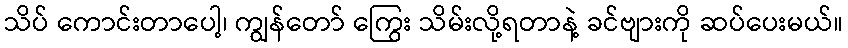
သိပ် ကောင်းတာပေါ့၊ ကျွန်တော် ကြွေး သိမ်းလို့ရတာနဲ့ ခင်ဗျားကို ဆပ်ပေးမယ်။